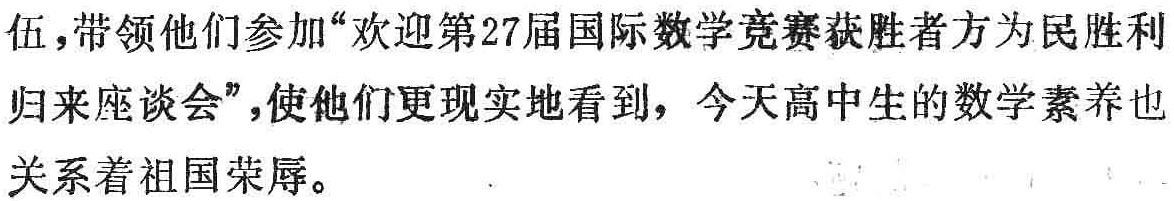
伍,带领他们参加“欢迎第27届国际数学竞赛获胜者方为民胜利归来座谈会”,使他们更现实地看到，今天高中生的数学素养也关系着祖国荣辱。